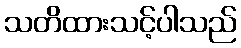
သတိထားသင့်ပါသည်